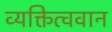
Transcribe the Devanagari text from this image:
व्यक्तित्ववान